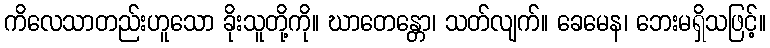
ကိလေသာတည်းဟူသော ခိုးသူတို့ကို။ ဃာတေန္တော၊ သတ်လျက်။ ခေမေန၊ ဘေးမရှိသဖြင့်။